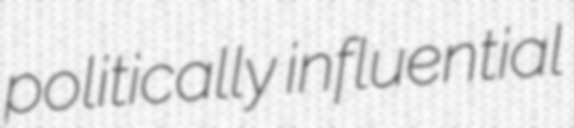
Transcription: politically influential